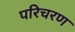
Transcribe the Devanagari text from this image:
परिचरण